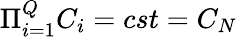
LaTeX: \Pi_{i=1}^{Q}C_{i}=cst=C_{N}